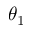
\theta _ { 1 }